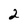
Character: 2